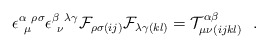
\begin{align*}\epsilon^{\alpha~\rho\sigma}_{~\mu} \epsilon^{\beta~\lambda\gamma}_{~\nu} {\cal F}_{\rho\sigma (ij)}{\cal F}_{\lambda\gamma (kl)} = {\cal T}^{\alpha\beta}_{\mu\nu(ijkl)} \ \ .\end{align*}